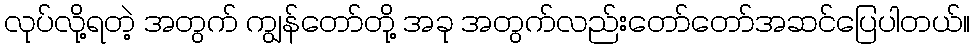
လုပ်လို့ရတဲ့ အတွက် ကျွန်တော်တို့ အခု အတွက်လည်းတော်တော်အဆင်ပြေပါတယ်။